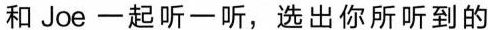
和Joe一起听 -听,选出你所听到的